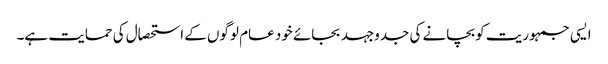
ایسی جمہوریت کو بچانے کی جدوجہد بجائے خود عام لوگوں کے استحصال کی حمایت ہے۔